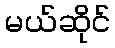
မယ်ဆိုင်